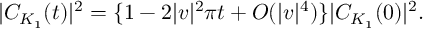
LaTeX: | C _ { K _ { 1 } } ( t ) | ^ { 2 } = \{ 1 - 2 | v | ^ { 2 } \pi t + O ( | v | ^ { 4 } ) \} | C _ { K _ { 1 } } ( 0 ) | ^ { 2 } .